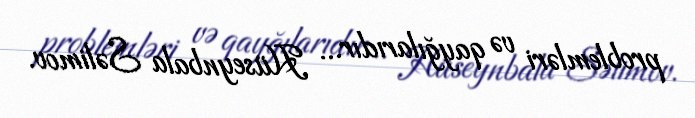
problemləri və qayğılarıdır... Hüseynbala Səlimov.